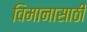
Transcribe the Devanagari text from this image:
विमानासाठी